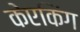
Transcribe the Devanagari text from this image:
केएकिंग